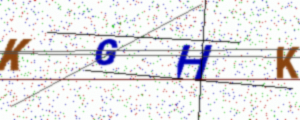
Text: KGHK